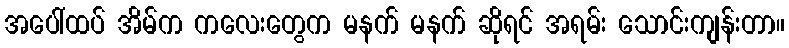
အပေါ်ထပ် အိမ်က ကလေးတွေက မနက် မနက် ဆိုရင် အရမ်း သောင်းကျန်းတာ။